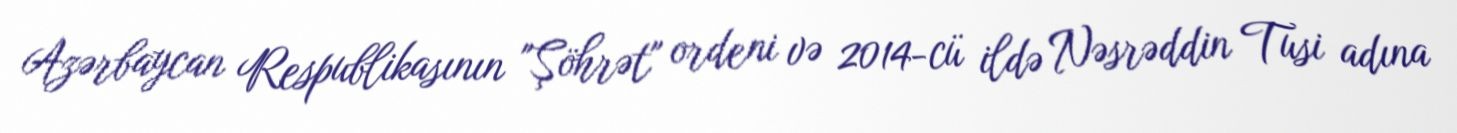
Azərbaycan Respublikasının "Şöhrət" ordeni və 2014-cü ildə Nəsrəddin Tusi adına